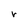
Character: r